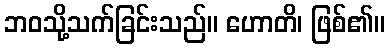
ဘဝသို့သက်ခြင်းသည်။ ဟောတိ၊ ဖြစ်၏။